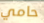
حامي